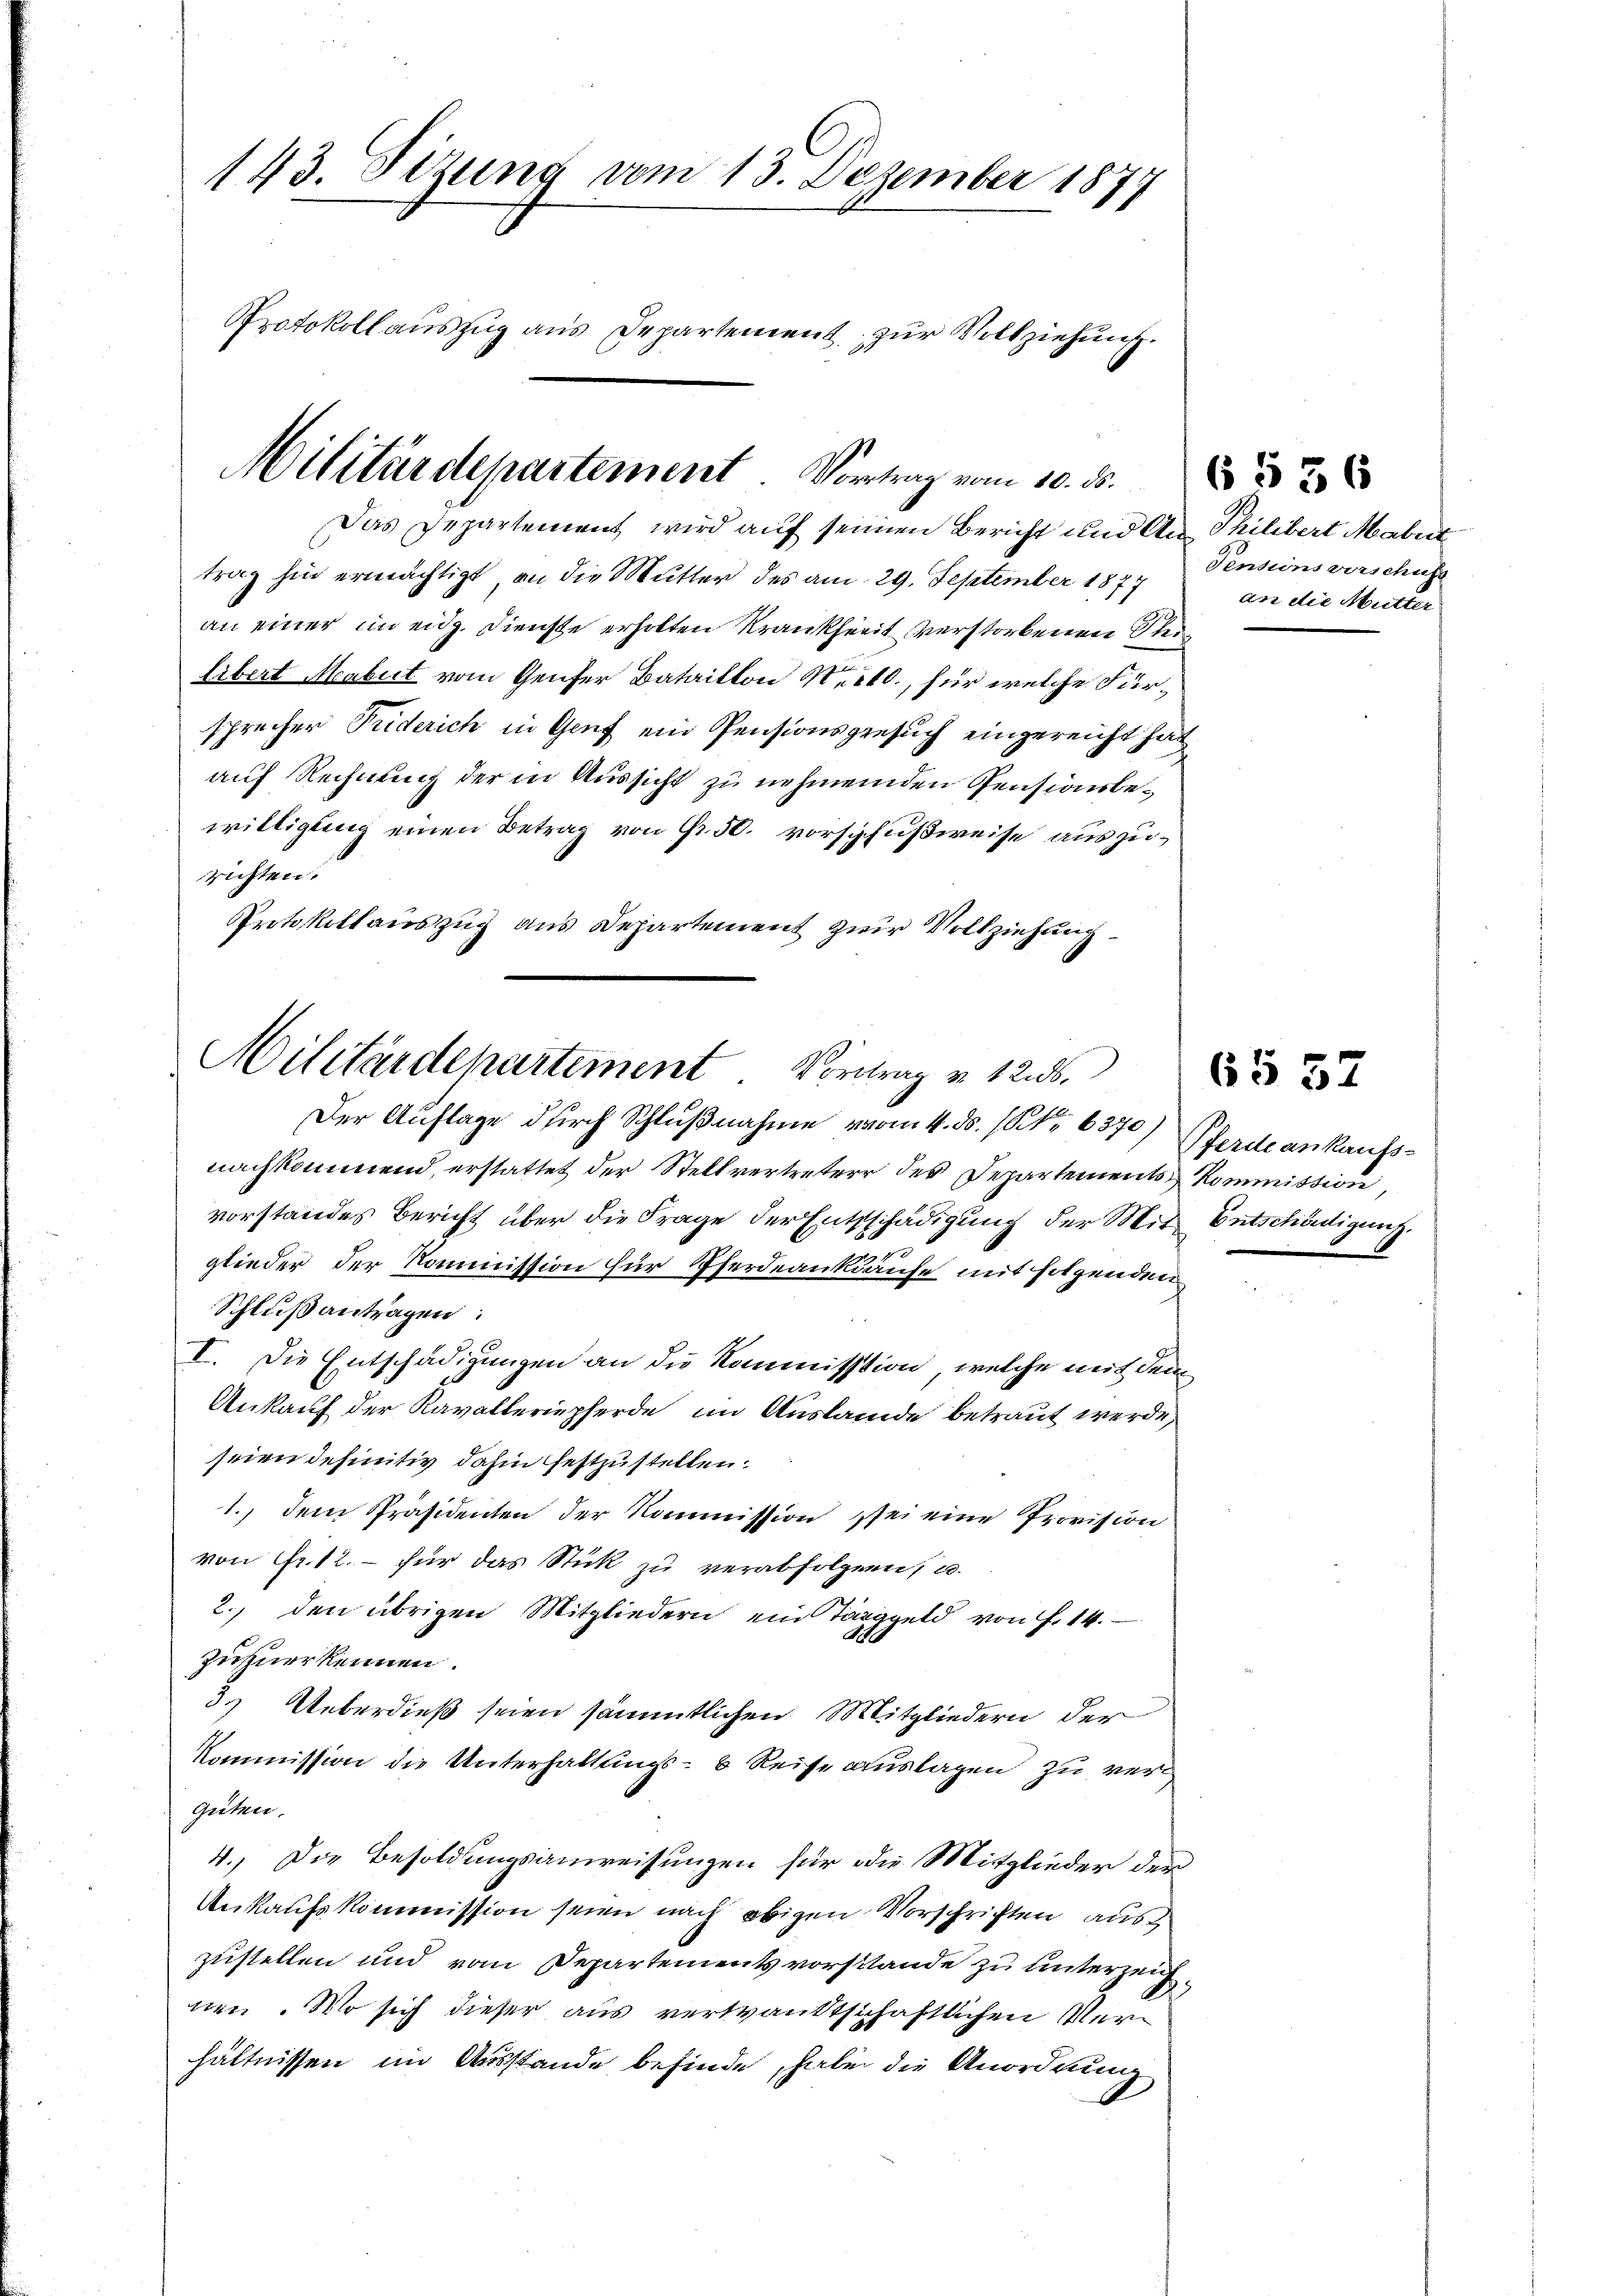
143. Sizung vom 13. Dezember 187
1
Protokoll auszug aus Departement zur Vollziehung.

Militärdepartement Vortrag vom 10. ds.
Das Departement wird auf seinen Bericht und An Philibert Mabet

trag hin ermächtigt, an die Mutter des am 29. September 1877
an einer im eidg. Dienste erholten Krankheit verstorbenen Stun
libert Mabut vom Genfer Bataillon Nest, für welche Fürsprecher Priderich in Genf ein Pensionsgesuch eingereicht hat
auf Rechnung der in Aussicht zu nehmenden Pensionsbewilligung einen Betrag von Gr. 50. vorschußweise auszurichten.
Protokollauszug aus Departement zur Vollziehung

Militärdepartement Vortrag v. 1256.
Der Auflage durch Schlußnahme vom 4. ds. (NNo 6370) Pferde ankaufs¬

Pensionsvorschust
an die Mutter

nachkommend, erstattet der Stellvertreter der Departements Kommission,
vorstandes Bericht über die Frage der Entschädigung der Mit Entschädigung.
glieder der Kommission für Pferdeankinfe mit folgenden
Schlußantragen:
I. Die Entschädigungen an die Kommission, welche mit dem
Ankauf der Kavalleriepferde im Auslande betraut werde,
seien definitiv dahin festzustellen.
1., dem Präsidenten der Kommission sei eine Provision
von Fr. 12. – für das Stück zu verabfolgen, u.
2., den übrigen Mitgliedern ein Taggeld von f. 14.
zuzuerkennen.
3. Ueberdieß seien sämmtlichen Mitgliedern der
Kommission die Unterhaltungs- b Reise auslagen zu vergüten.
4.) Die Besoldungsanweisungen für die Mitglieder der
Ankaufskommission seien nach obigen Vorschriften aus
zustellen und vom Departementsvorstande zu unterzeichnen. Wo sich dieser aus verwandtschaftlichen Verhältnissen im Ausstande befinde, habe die Anordnung

6 536

6§ 57